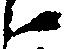
候